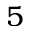
5